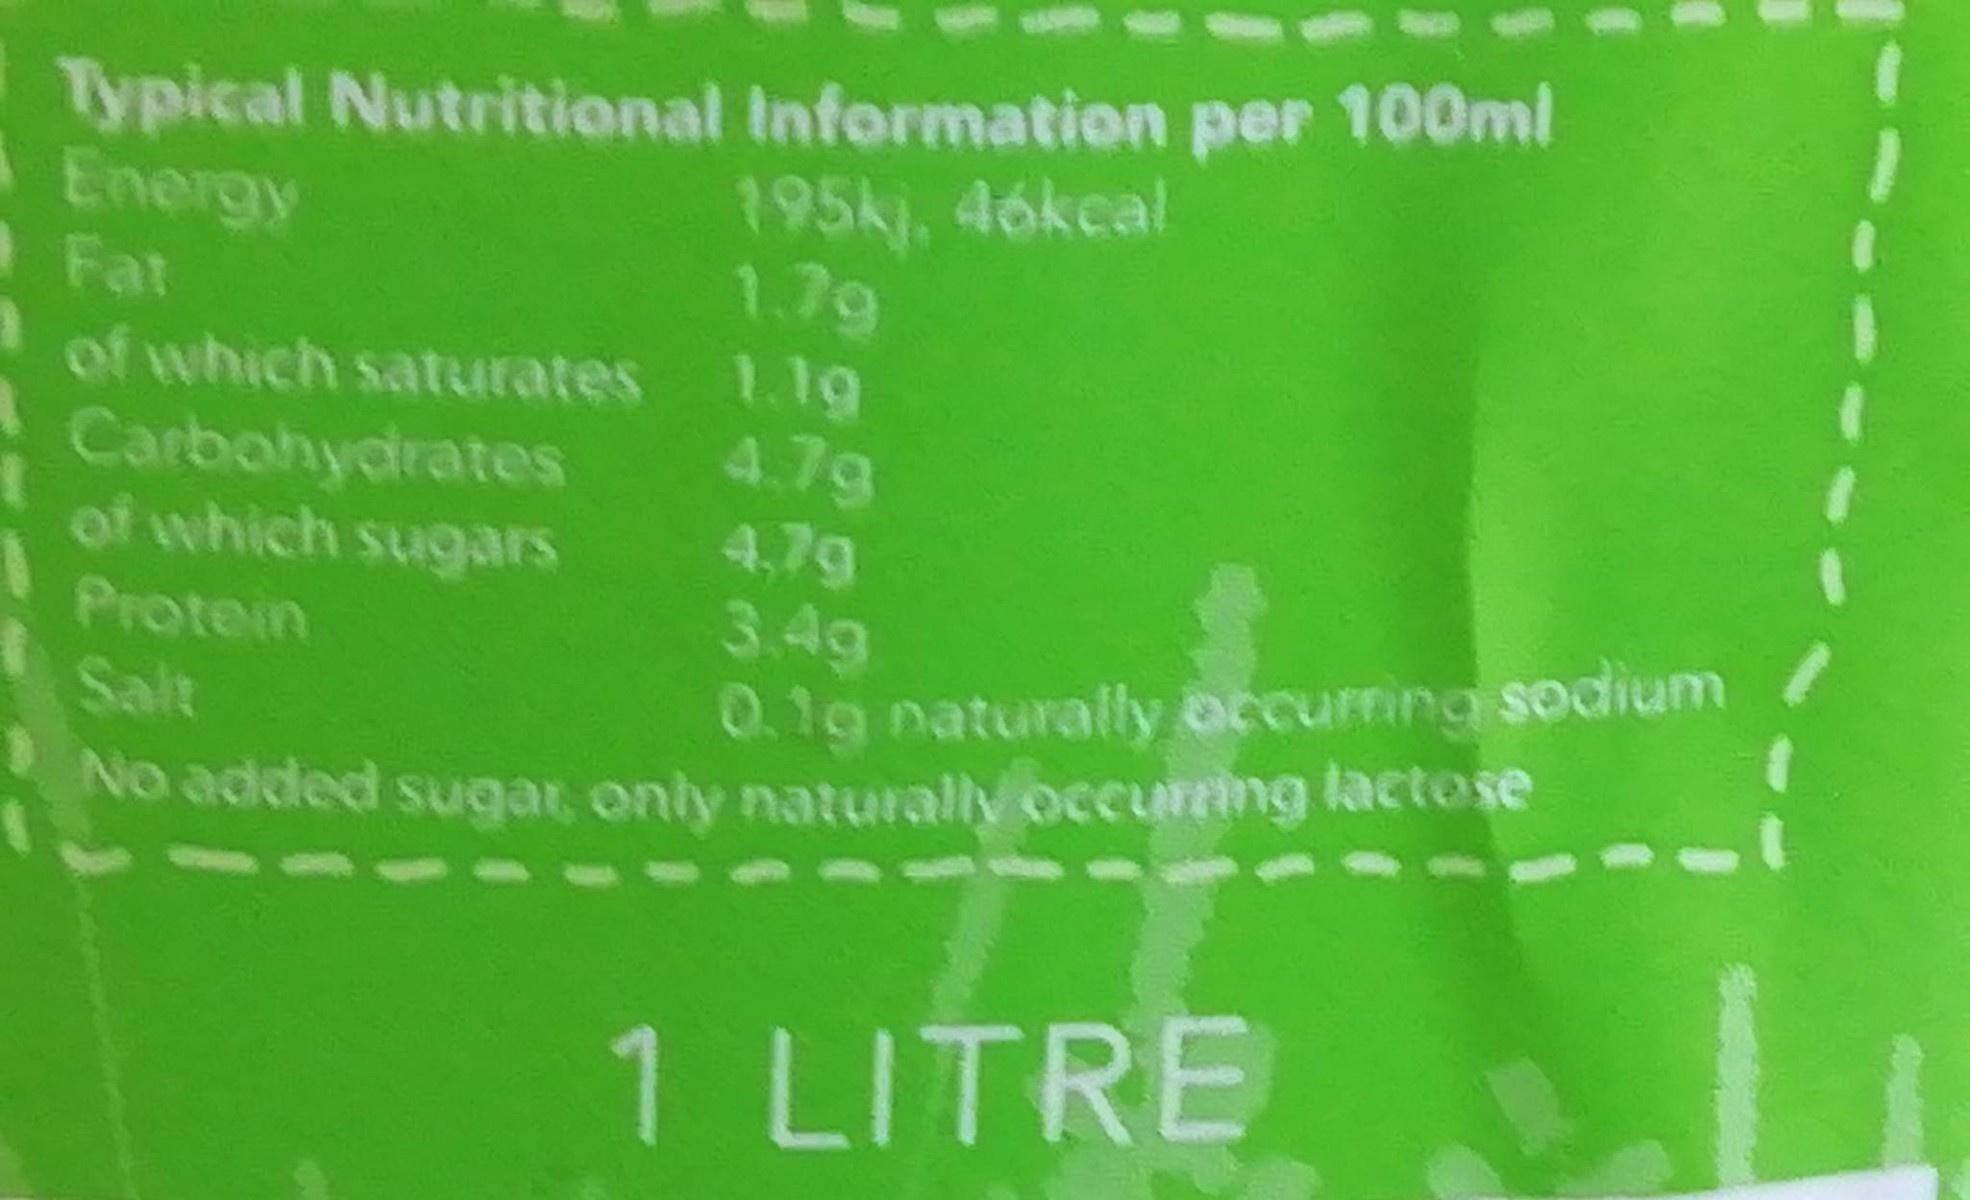
Typical Nutritional Information per 100ml Energy Fat of which saturates 1.1g Carbohydrates of which sugars
195kj, 46kcal 1.7g
4.7g 4,7g 3.4g 0.1g naturally occurring sodium
Protein
Salt
No added sugat, only naturall occurring lactose
1 LITRE